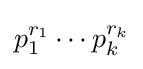
p_{1}^{r_{1}}\cdots p_{k}^{r_{k}}